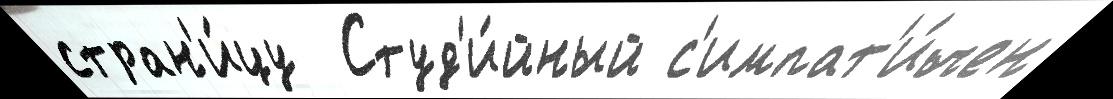
стран'и́цу  Студ'и́йный с'импат'и́чен